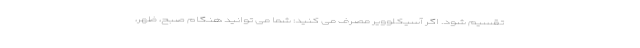
تقسیم شود. اگر آسیکلوویر مصرف می کنید: شما می توانید هنگام صبح، ظهر،